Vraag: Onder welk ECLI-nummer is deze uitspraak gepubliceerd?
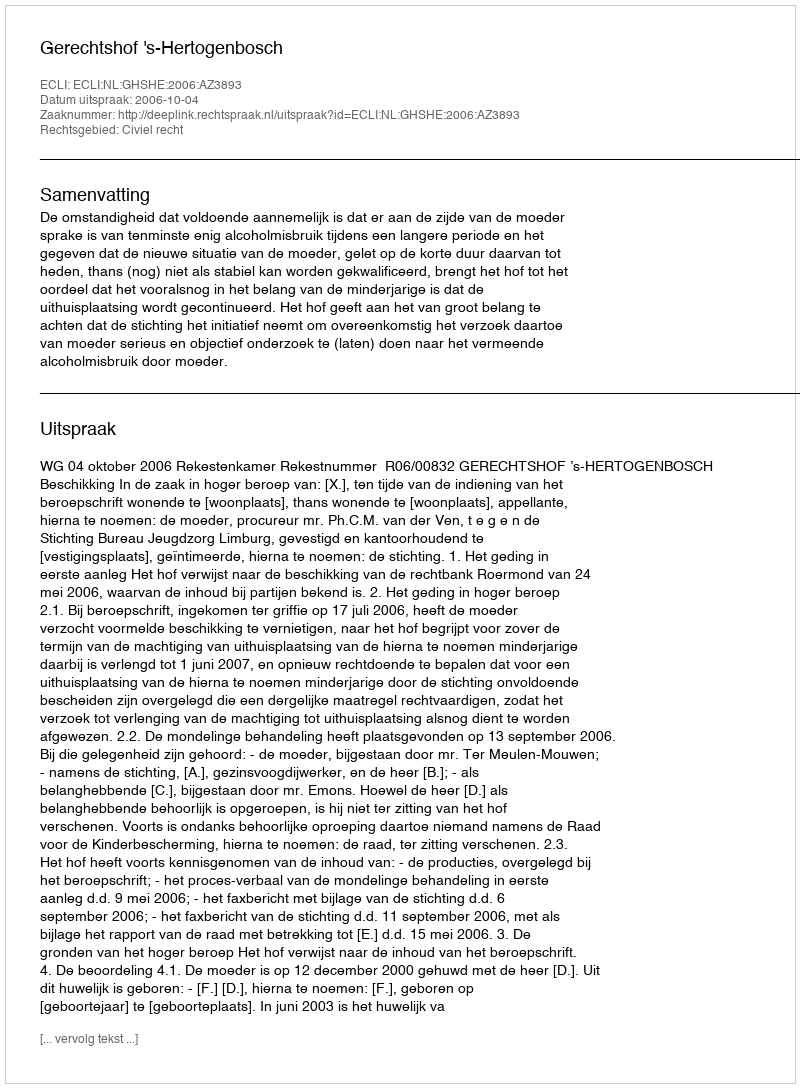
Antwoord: ECLI:NL:GHSHE:2006:AZ3893